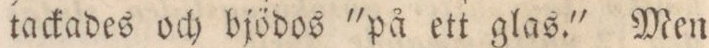
tackades och bjödos 'på ett glas.' Men